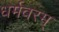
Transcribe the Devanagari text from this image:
धर्मवरम्